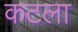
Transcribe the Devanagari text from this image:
कटला